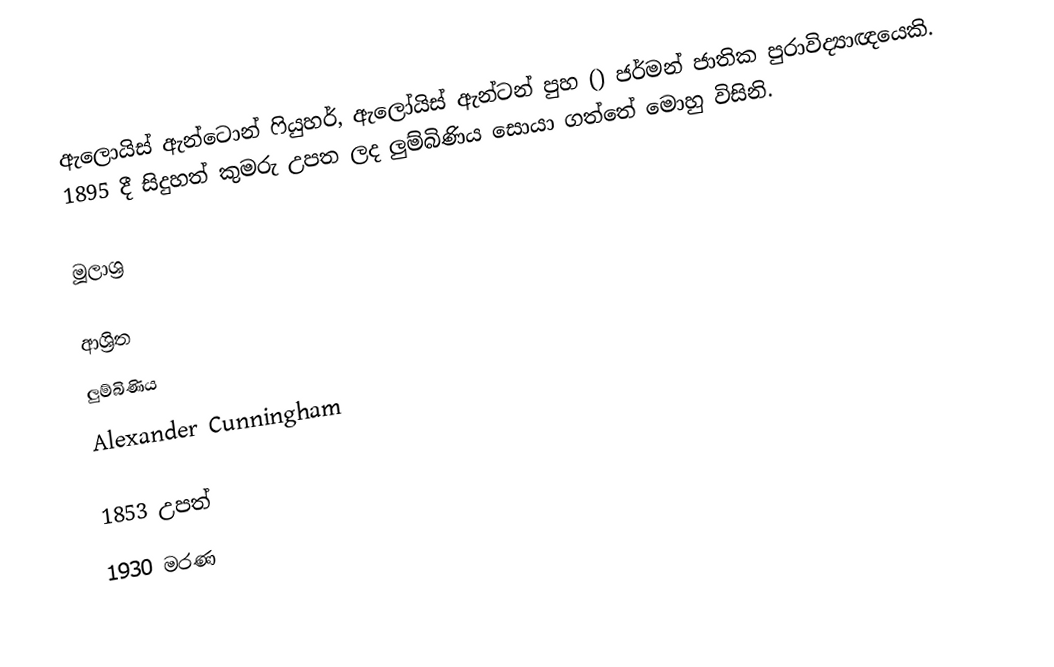
ඇලොයිස් ඇන්ටොන් ෆියුහර්, ඇලෝයිස් ඇන්ටන් පුහ () ජර්මන් ජාතික පුරාවිද්‍යාඥයෙකි. 1895 දී සිදුහත් කුමරු උපත ලද ලුම්බිණිය සොයා ගත්තේ මොහු විසිනි.

මූලාශ්‍ර

ආශ්‍රිත
 ලුම්බිණිය
 Alexander Cunningham

1853 උපත්
1930 මරණ